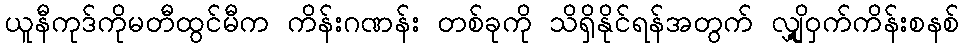
ယူနီကုဒ်ကိုမတီထွင်မီက ကိန်းဂဏန်း တစ်ခုကို သိရှိနိုင်ရန်အတွက် လျှို့ဝှက်ကိန်းစနစ်